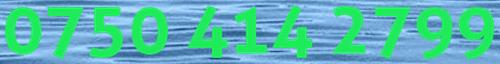
0750 414 2799